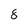
Character: 8